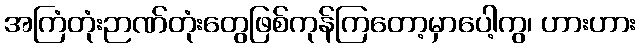
အကြံတုံးဉာဏ်တုံးတွေဖြစ်ကုန်ကြတော့မှာပေါ့ကွ၊ ဟားဟား